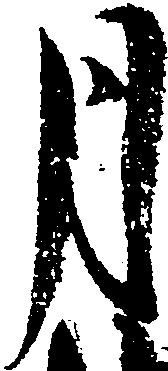
月